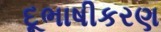
દૂભાષીકરણ